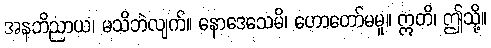
အနဘိညာယ၊ မသိဘဲလျက်။ နောဒေသေမိ၊ ဟောတော်မမူ။ ဣတိ၊ ဤသို့။